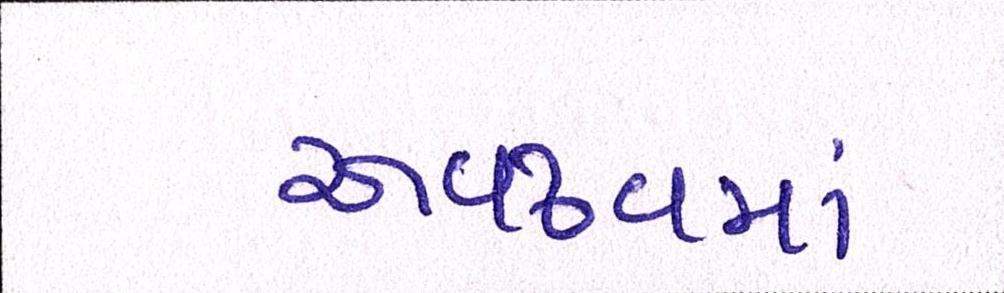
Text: અવઢવમાં